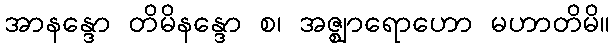
အာနန္ဒော တိမိနန္ဒော စ၊ အဇ္ဈာရောဟော မဟာတိမိ။